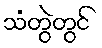
သံတွဲတွင်